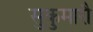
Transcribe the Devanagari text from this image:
सुकुमारौ